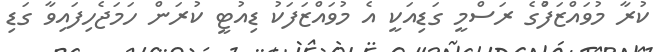
ކުރާ މުވައްޒަފުްގެ ރަސްމީ ގަޑިއަކީ އެ މުވައްޒަފަކު ޑިއުޓީ ކުރަން ހަމަޖެހިފައިވާ ގަޑި